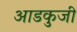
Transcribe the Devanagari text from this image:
आडकुजी